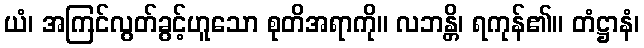
ယံ၊ အကြင်လွတ်ခွင့်ဟူသော စုတိအရာကို။ လဘန္တိ၊ ရကုန်၏။ တံဋ္ဌာနံ၊